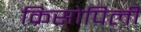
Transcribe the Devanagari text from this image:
क्रिसोपिली